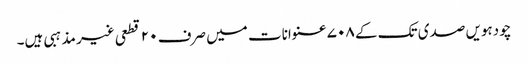
چودہویں صدی تک کے ۷۰۸ عنوانات میں صرف ۲۰ قطعی غیر مذہبی ہیں۔